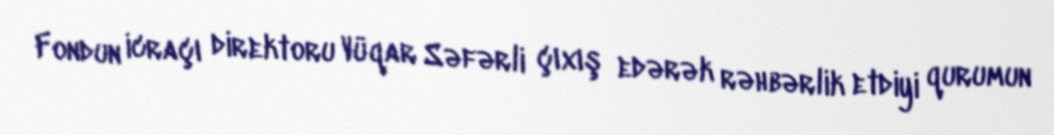
Fondun icraçı direktoru Vüqar Səfərli çıxış edərək rəhbərlik etdiyi qurumun